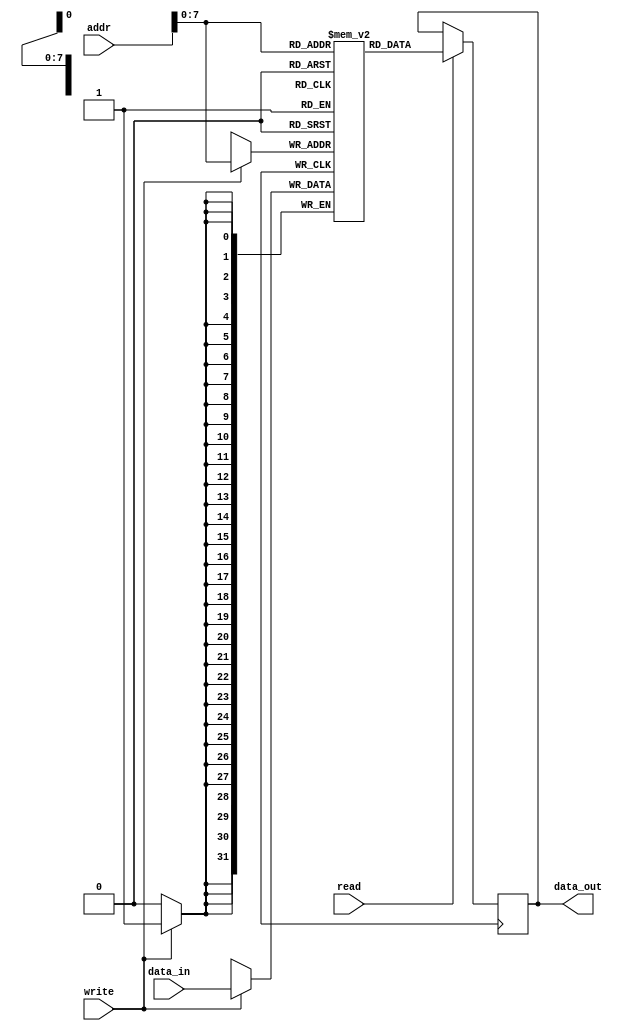
module MemoryBlocks (
    input wire [31:0] data_in,
    input wire [31:0] addr,
    input wire read,
    input wire write,
    output wire [31:0] data_out
);

reg [31:0] memory [0:255];

always @(posedge clk) begin
    if(read) begin
        data_out <= memory[addr];
    end
    if(write) begin
        memory[addr] <= data_in;
    end
end

endmodule